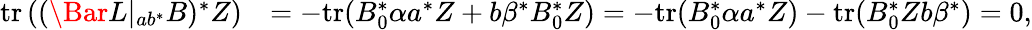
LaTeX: \begin{array}{rl}{\mathrm{tr}\left((\Bar L|_{ab^{\ast}}B)^{\ast}Z\right)}&{=-\mathrm{tr}(B_{0}^{\ast}\alpha a^{\ast}Z+b\beta^{\ast}B_{0}^{\ast}Z)=-\mathrm{tr}(B_{0}^{\ast}\alpha a^{\ast}Z)-\mathrm{tr}(B_{0}^{\ast}Zb\beta^{\ast})=0,}\end{array}